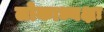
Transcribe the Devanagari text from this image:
लोकाध्यक्षः